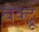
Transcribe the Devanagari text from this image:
बैक्ट्रू